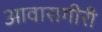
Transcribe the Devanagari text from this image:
आवारागीरी